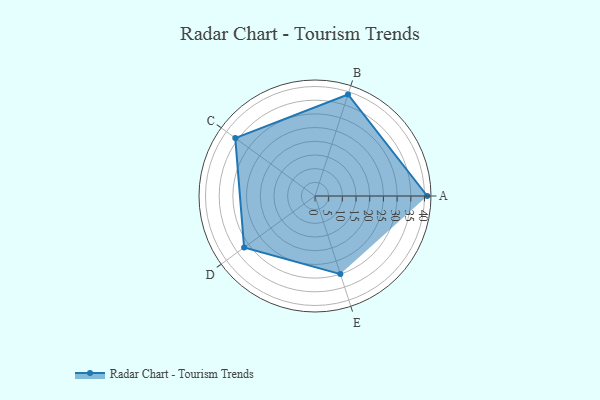
{"axis": {"x": "Skill", "y": "Score"}, "legend": ["Profile"], "data": [{"x": "A", "y": 41.0, "type": "Profile"}, {"x": "B", "y": 39.0, "type": "Profile"}, {"x": "C", "y": 36.0, "type": "Profile"}, {"x": "D", "y": 32.0, "type": "Profile"}, {"x": "E", "y": 30.0, "type": "Profile"}]}